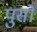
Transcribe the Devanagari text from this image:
पुसो